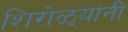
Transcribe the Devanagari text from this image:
शिरोळ्यांनी